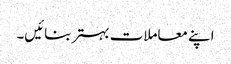
اپنے معاملات بہتر بنائیں۔